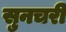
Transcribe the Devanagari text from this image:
सुनचरी